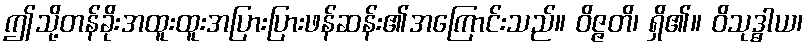
ဤသို့တန်ခိုးအထူးထူးအပြားပြားဖန်ဆန်း၏အကြောင်းသည်။ ဝိဇ္ဇတိ၊ ရှိ၏။ ဝိသုဒ္ဓါယ၊